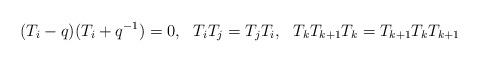
LaTeX: \begin{align*} (T_i-q)(T_i+q^{-1})=0,\ \ T_iT_j=T_jT_i,\ \ T_kT_{k+1}T_k=T_{k+1}T_kT_{k+1}\end{align*}